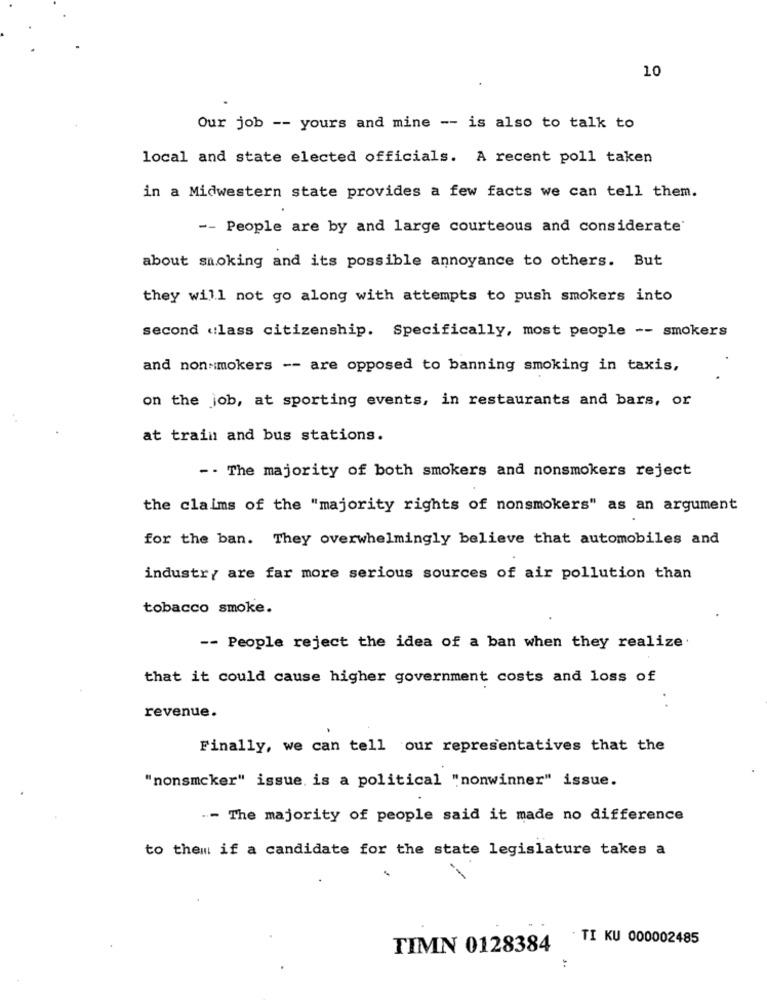
10
Our job -- yours and mine -- is also to talk to
local and state elected officials. A recent poll taken
in a Midwestern state provides a few facts we can tell them.
-- People are by and large courteous and considerate'
about smoking and its possible annoyance to others. But
they will not go along with attempts to push smokers into
second «lass citizenship. Specifically, most people -- smokers
and nonsmokers -- are opposed to banning smoking in taxis,
on the job, at sporting events, in restaurants and bars, or
at train and bus stations.
-- The majority of both smokers and nonsmokers reject
the claims of the "majority rights of nonsmokers" as an argument
for the ban. They overwhelmingly believe that automobiles and
industry are far more serious sources of air pollution than
tobacco smoke.
-- People reject the idea of a ban when they realize.
that it could cause higher government costs and loss of
revenue.
Finally, we can tell our representatives that the
"nonsmcker" issue. is a political "nonwinner" issue.
.- The majority of people said it made no difference
to them if a candidate for the state legislature takes a
TI KU 000002485
TIMN 0128384
: